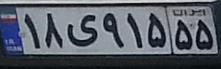
۱۸ی۹۱۵۵۵